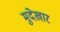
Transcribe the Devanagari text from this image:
मुदेखार